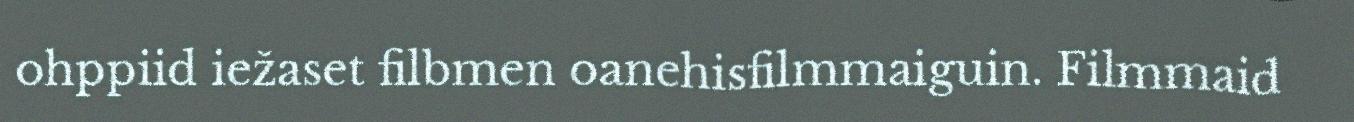
ohppiid iežaset filbmen oanehisfilmmaiguin. Filmmaid